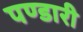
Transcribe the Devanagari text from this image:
पण्डारी